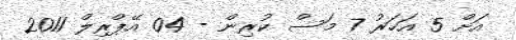
އަށް 5 އަހަރު 7 މަސް ކުރިން - 04 އޭޕްރިލް 2011